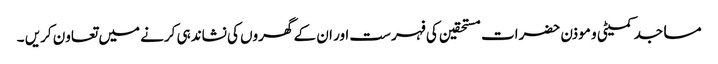
مساجد کمیٹی و موذن حضرات مستحقین کی فہرست اور ان کے گھروں کی نشاندہی کرنے میں تعاون کریں ۔